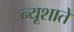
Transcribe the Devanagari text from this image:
न्यूशाते